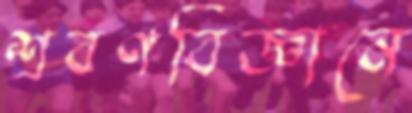
শ্রবণবিজ্ঞানে